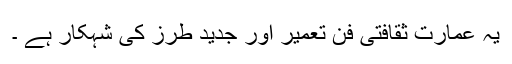
یہ عمارت ثقافتی فنِ تعمیر اور جدید طرز کی شہکار ہے ۔